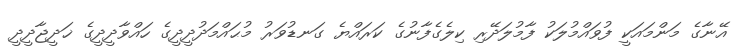
އޭނާގެ މަންމައަކީ ފުވައްމުލަކު ފާމުލަދޭރި ކިލެގެފާނުގެ ކަރައްޔެ ގަނޑުވަރު މުޙައްމަދުދީދީގެ ހައްވާދީދީގެ ޚަދީޖާދީދީ